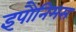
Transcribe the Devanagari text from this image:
इपौनिमस